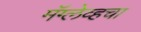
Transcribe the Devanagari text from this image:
मॅग्लेव्हचा